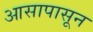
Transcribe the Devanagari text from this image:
आसापासून